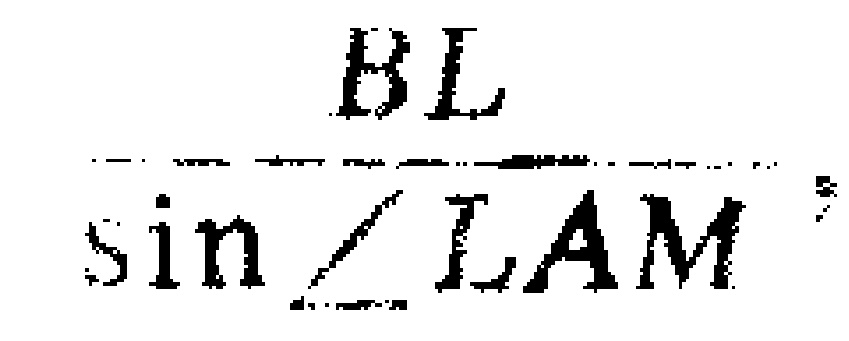
\frac{BL}{\sin\angle LAM}